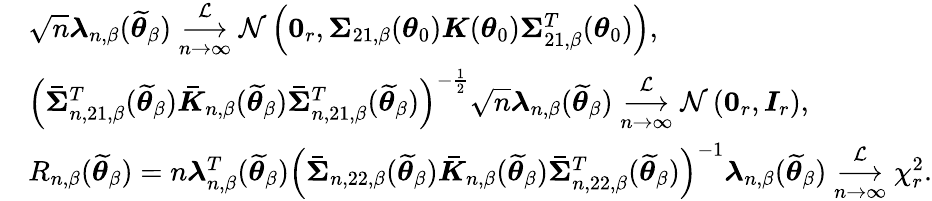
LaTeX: \begin{array}{rl}&{\sqrt{n}\boldsymbol{\lambda}_{n,\beta}(\widetilde{\boldsymbol{\theta}}_{\beta})\underset{n\rightarrow\infty}{\overset{\mathcal{L}}{\longrightarrow}}\mathcal{N}\left(\boldsymbol{0}_{r},\boldsymbol{\Sigma}_{21,\beta}(\boldsymbol{\theta}_{0})\boldsymbol{K}(\boldsymbol{\theta}_{0})\boldsymbol{\Sigma}_{21,\beta}^{T}(\boldsymbol{\theta}_{0})\right),}\\ &{\left(\boldsymbol{\bar{\Sigma}}_{n,21,\beta}^{T}(\widetilde{\boldsymbol{\theta}}_{\beta})\boldsymbol{\bar{K}}_{n,\beta}(\widetilde{\boldsymbol{\theta}}_{\beta})\boldsymbol{\bar{\Sigma}}_{n,21,\beta}^{T}(\widetilde{\boldsymbol{\theta}}_{\beta})\right)^{-\frac{1}{2}}\sqrt{n}\boldsymbol{\lambda}_{n,\beta}(\widetilde{\boldsymbol{\theta}}_{\beta})\underset{n\rightarrow\infty}{\overset{\mathcal{L}}{\longrightarrow}}\mathcal{N}\left(\boldsymbol{0}_{r},\boldsymbol{I}_{r}\right),}\\ &{R_{n,\beta}(\widetilde{\boldsymbol{\theta}}_{\beta})=n\boldsymbol{\lambda}_{n,\beta}^{T}(\widetilde{\boldsymbol{\theta}}_{\beta})\left(\boldsymbol{\bar{\Sigma}}_{n,22,\beta}(\widetilde{\boldsymbol{\theta}}_{\beta})\boldsymbol{\bar{K}}_{n,\beta}(\widetilde{\boldsymbol{\theta}}_{\beta})\boldsymbol{\bar{\Sigma}}_{n,22,\beta}^{T}(\widetilde{\boldsymbol{\theta}}_{\beta})\right)^{-1}\boldsymbol{\lambda}_{n,\beta}(\widetilde{\boldsymbol{\theta}}_{\beta})\underset{n\rightarrow\infty}{\overset{\mathcal{L}}{\longrightarrow}}\chi_{r}^{2}.}\end{array}